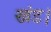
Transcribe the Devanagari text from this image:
खंड।